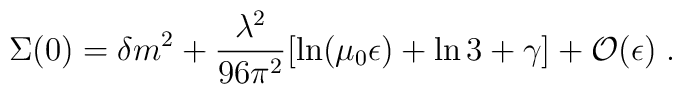
\Sigma(0) = \delta m^2 + \frac {\lambda^2} {96 \pi^2} [ \ln (\mu_0 \epsilon)+\ln  3 + \gamma] + {\cal O}(\epsilon) \; .